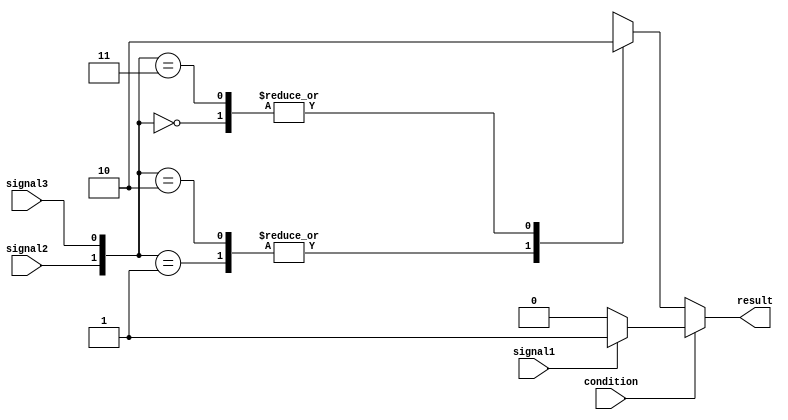
module conditional_statement_modeling (
    input wire condition,
    input wire signal1,
    input wire signal2,
    input wire signal3,
    output reg result
);

initial begin
    if (condition) begin
        if (signal1) begin
            result = 1;
        end else begin
            result = 0;
        end
    end else begin
        case ({signal2, signal3})
            2'b00: result = 0;
            2'b01: result = 1;
            2'b10: result = 1;
            2'b11: result = 0;
        endcase
    end
end

endmodule